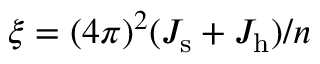
\xi = ( 4 \pi ) ^ { 2 } ( \ensuremath { J _ { \mathrm { s } } } + \ensuremath { J _ { \mathrm { h } } } ) / n